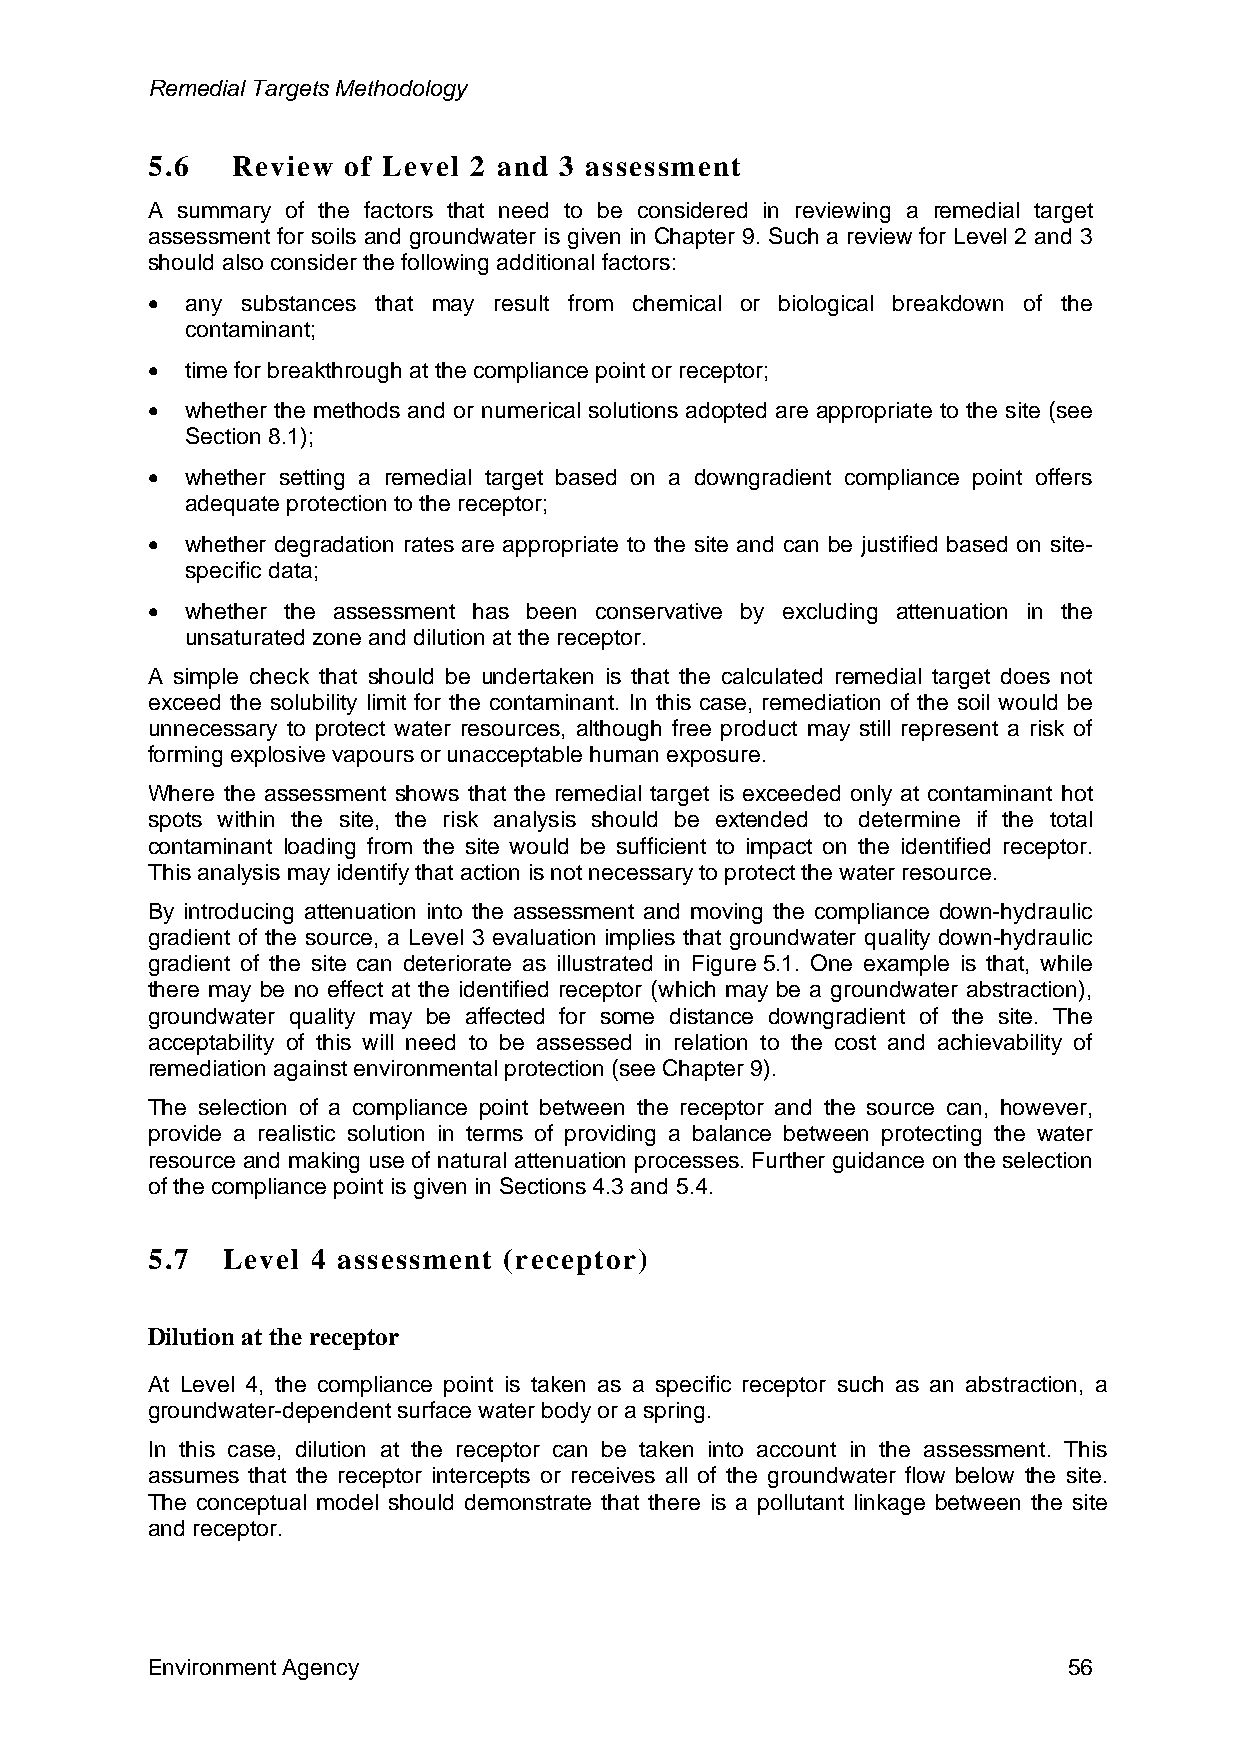
Remedial Targets Methodology
 5.6  Review  of Level 2 and 3 assessment
 A summary of the factors that need to be considered in reviewing a remedial target
 assessment for soils and groundwater is given in Chapter 9. Such a review for Level 2 and 3
 should also consider the following additional factors:
 • any substances that may result from chemical or biological breakdown of the
 contaminant;
 • time for breakthrough at the compliance point or receptor;
 • whether the methods and or numerical solutions adopted are appropriate to the site (see
 Section 8.1);
 • whether setting a remedial target based on a downgradient compliance point offers
 adequate protection to the receptor;
 • whether degradation rates are appropriate to the site and can be justified based on site-
 specific data;
 • whether the assessment has been conservative by excluding attenuation in the
 unsaturated zone and dilution at the receptor.
 A simple check that should be undertaken is that the calculated remedial target does not
 exceed the solubility limit for the contaminant. In this case, remediation of the soil would be
 unnecessary to protect water resources, although free product may still represent a risk of
 forming explosive vapours or unacceptable human exposure.
 Where the assessment shows that the remedial target is exceeded only at contaminant hot
 spots within the site, the risk analysis should be extended to determine if the total
 contaminant loading from the site would be sufficient to impact on the identified receptor.
 This analysis may identify that action is not necessary to protect the water resource.
 By introducing attenuation into the assessment and moving the compliance down-hydraulic
 gradient of the source, a Level 3 evaluation implies that groundwater quality down-hydraulic
 gradient of the site can deteriorate as illustrated in Figure 5.1. One example is that, while
 there may be no effect at the identified receptor (which may be a groundwater abstraction),
 groundwater quality may be affected for some distance downgradient of the site. The
 acceptability of this will need to be assessed in relation to the cost and achievability of
 remediation against environmental protection (see Chapter 9).
 The selection of a compliance point between the receptor and the source can, however,
 provide a realistic solution in terms of providing a balance between protecting the water
 resource and making use of natural attenuation processes. Further guidance on the selection
 of the compliance point is given in Sections 4.3 and 5.4.
 5.7  Level 4 assessment (receptor)
 Dilution at the receptor
 At Level 4, the compliance point is taken as a specific receptor such as an abstraction, a
 groundwater-dependent surface water body or a spring.
 In this case, dilution at the receptor can be taken into account in the assessment. This
 assumes that the receptor intercepts or receives all of the groundwater flow below the site.
 The conceptual model should demonstrate that there is a pollutant linkage between the site
 and receptor.
 Environment Agency                                           56